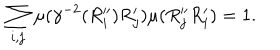
\sum _ { i , j } \mu ( \gamma ^ { - 2 } ( R _ { i } ^ { \prime \prime } ) R _ { j } ^ { \prime } ) \mu ( R _ { j } ^ { \prime \prime } R _ { i } ^ { \prime } ) = 1 .